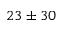
2 3 \pm 3 0